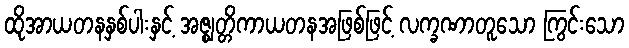
ထိုအာယတနနှစ်ပါးနှင့် အဇ္ဈတ္တိကာယတနအဖြစ်ဖြင့် လက္ခဏာတူသော ကြွင်းသော